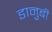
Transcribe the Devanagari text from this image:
डानुबी